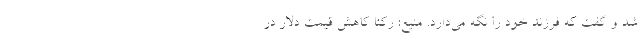
شد و گفت که فرزند خود را نگه می‌دارد. منیع: رکنا کاهش قیمت دلار در